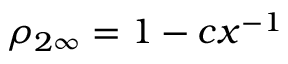
\rho _ { 2 \infty } = 1 - c x ^ { - 1 }